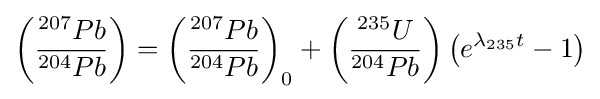
\left({\frac {^{207}Pb}{^{204}Pb}}\right)=\left({\frac {^{207}Pb}{^{204}Pb}}\right)_{0}+\left({\frac {^{235}U}{^{204}Pb}}\right){\bigl (}e^{\lambda _{235}t}-1{\bigr )}